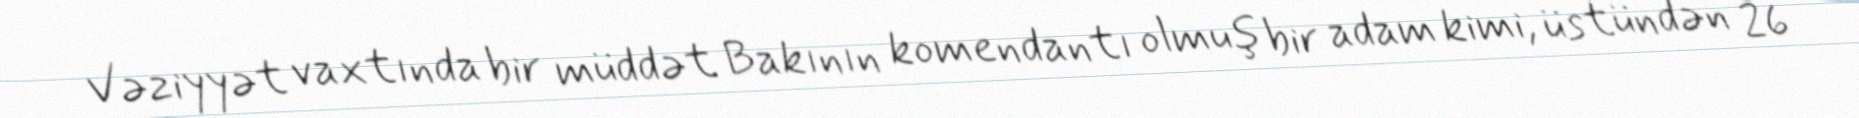
Vəziyyət vaxtında bir müddət Bakının komendantı olmuş bir adam kimi, üstündən 26